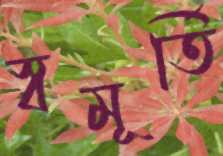
স্বমূর্তি